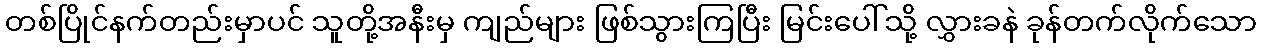
တစ်ပြိုင်နက်တည်းမှာပင် သူတို့အနီးမှ ကျည်များ ဖြစ်သွားကြပြီး မြင်းပေါ်သို့ လွှားခနဲ ခုန်တက်လိုက်သော